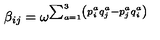
\beta _ { i j } = \omega ^ { \sum _ { a = 1 } ^ { 3 } \left( p _ { i } ^ { a } q _ { j } ^ { a } - p _ { j } ^ { a } q _ { i } ^ { a } \right) }